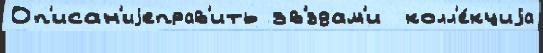
Оп'исан'иjеправ'ить зв'́здам'и  колл'е́кциjа